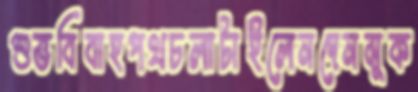
শুভবিবাহপথচলাটাইলেনদেনমুক